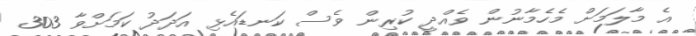
އެ މާލަމަށް މެހެމާނުން ވެއްދީ ކުރިން ވެސް ކަނޑައެޅި އަދަދު ކަމަށްވާ 303